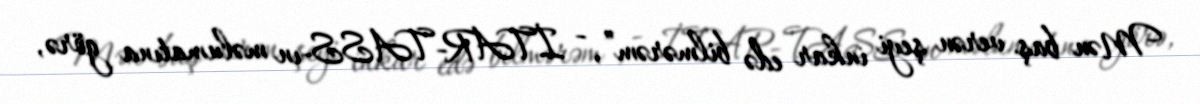
Mən baş verən şeyi inkar edə bilmərəm”, - İTAR-TASS-ın məlumatına görə,